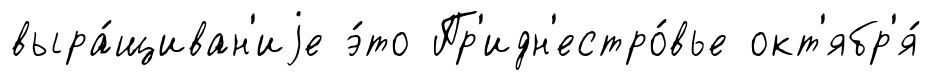
выра́щиван'иjе э́то Пр'идн'естро́вье окт'ябр'я́